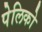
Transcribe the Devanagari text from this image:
पेलिको